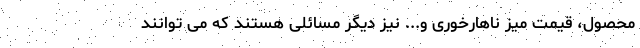
محصول، قیمت میز ناهارخوری و... نیز دیگر مسائلی هستند که می توانند